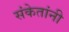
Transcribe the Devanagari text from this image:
संकेतांनी